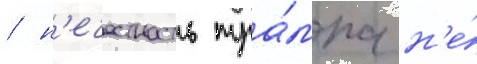
/ н'ечестность тра́мпа н'е́